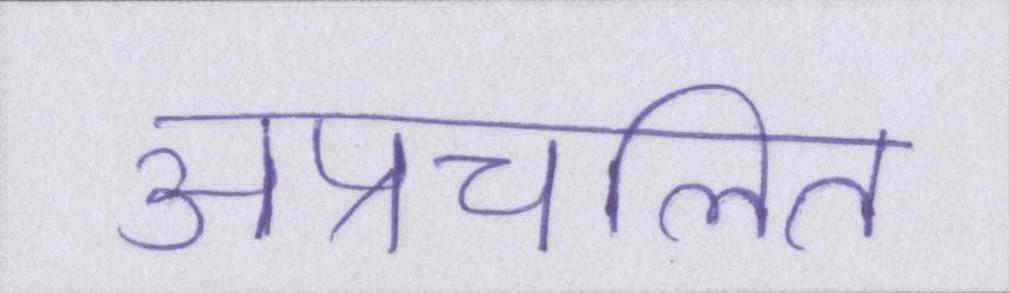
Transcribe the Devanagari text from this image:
अप्रचलित